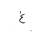
Letter: _gayn